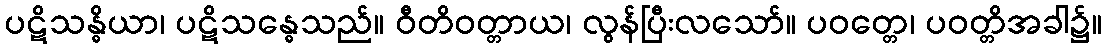
ပဋိသန္ဓိယာ၊ ပဋိသန္ဓေသည်။ ဝီတိဝတ္တာယ၊ လွန်ပြီးလသော်။ ပဝတ္တေ၊ ပဝတ္တိအခါ၌။